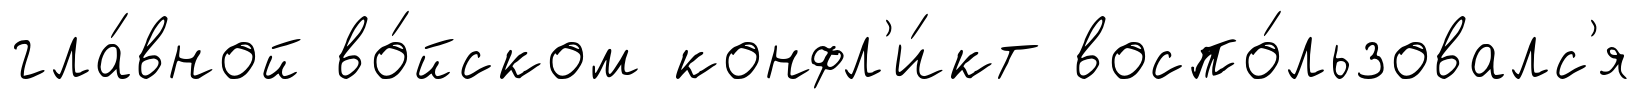
гла́вной во́йском конфл'и́кт воспо́льзовалс'я